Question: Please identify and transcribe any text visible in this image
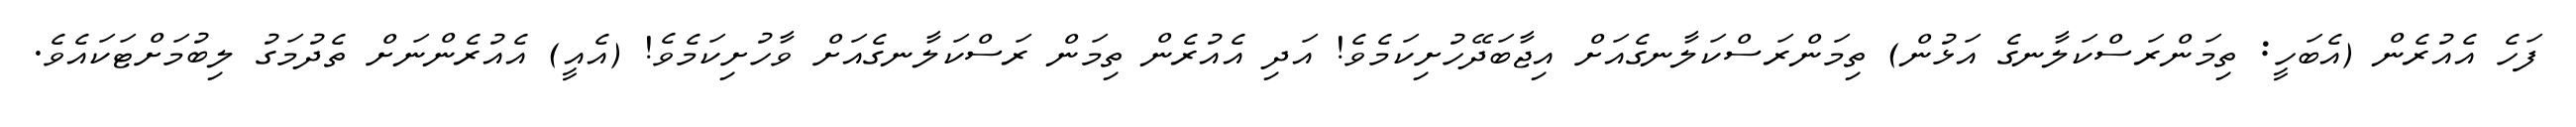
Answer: ފަހެ އެއުރެން (އެބަހީ: ތިމަންރަސްކަލާނގެ އަޅުން) ތިމަންރަސްކަލާނގެއަށް އިޖާބަދޭހުށިކަމެވެ! އަދި އެއުރެން ތިމަން ރަސްކަލާނގެއަށް ވާހުށިކަމެވެ! (އެއީ) އެއުރެންނަށް ތެދުމަގު ލިބުމަށްޓަކައެވެ.